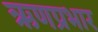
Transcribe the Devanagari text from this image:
ऋणप्रभार